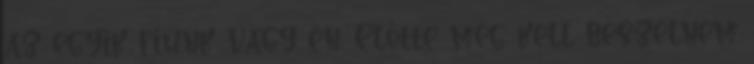
az egyik fiúnk vagy én. Előtte meg kell beszélnem